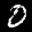
Digit: 0